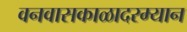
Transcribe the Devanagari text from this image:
वनवासकाळादरम्यान